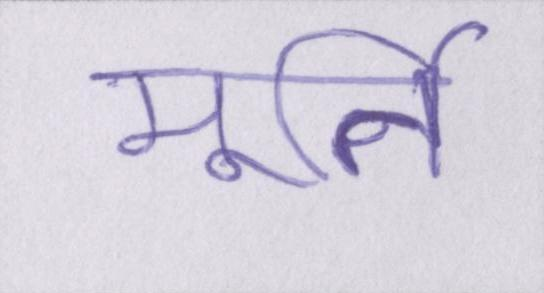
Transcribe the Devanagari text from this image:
मूर्ति